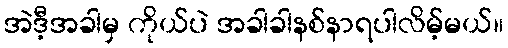
အဲဒီ့အခါမှ ကိုယ်ပဲ အခါခါနစ်နာရပါလိမ့်မယ်။